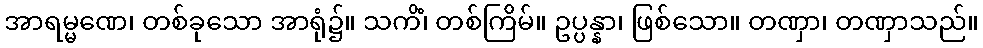
အာရမ္မဏေ၊ တစ်ခုသော အာရုံ၌။ သကိံ၊ တစ်ကြိမ်။ ဥပ္ပန္နာ၊ ဖြစ်သော။ တဏှာ၊ တဏှာသည်။